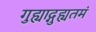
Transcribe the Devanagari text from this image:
गुह्याद्गुह्यतमं